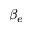
\beta _ { e }